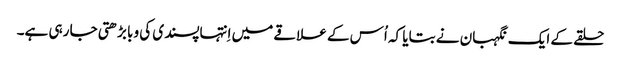
‏ حلقے کے ایک نگہبان نے بتایا کہ اُس کے علاقے میں اِنتہاپسندی کی وبا بڑھتی جا رہی ہے۔